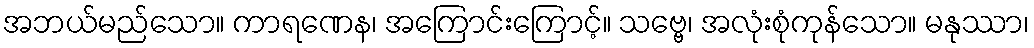
အဘယ်မည်သော။ ကာရဏေန၊ အကြောင်းကြောင့်။ သဗ္ဗေ၊ အလုံးစုံကုန်သော။ မနုဿာ၊